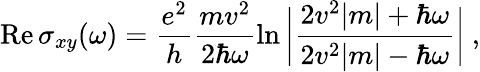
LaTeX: \mathrm{Re}\, \sigma_{xy}(\omega)=\frac{e^{2}}{h}\frac{mv^{2}}{2\hbar\omega}\ln\bigg|\frac{2v^{2}|m|+\hbar\omega}{2v^{2}|m|-\hbar\omega}\bigg|\ ,